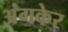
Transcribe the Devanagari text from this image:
अंगकेर